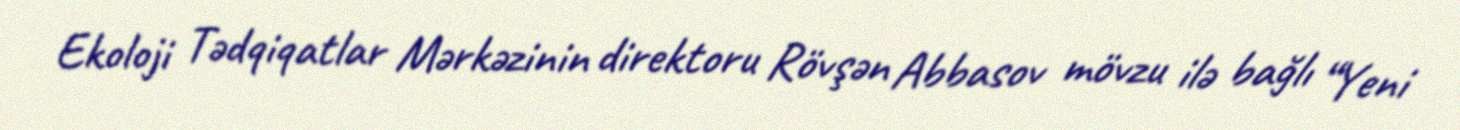
Ekoloji Tədqiqatlar Mərkəzinin direktoru Rövşən Abbasov mövzu ilə bağlı “Yeni